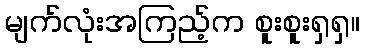
မျက်လုံးအကြည့်က စူးစူးရှရှ။